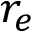
r _ { e }